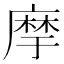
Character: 𢊢